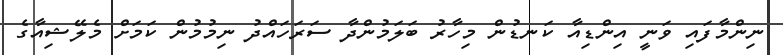
ނިންމާފައި ވަނީ އިންޑިއާ ކަނޑުން މިހާރު ބަލަމުންދާ ސަރަހައްދު ނިމުމުން ކަމަށް މެލޭޝިއާގެ